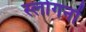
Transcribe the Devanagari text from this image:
स्लोगनों